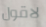
لاقول